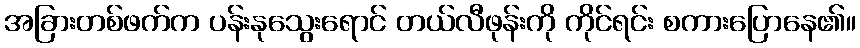
အခြားတစ်ဖက်က ပန်းနုသွေးရောင် တယ်လီဖုန်းကို ကိုင်ရင်း စကားပြောနေ၏။